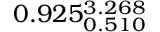
0 . 9 2 5 _ { 0 . 5 1 0 } ^ { 3 . 2 6 8 }